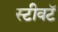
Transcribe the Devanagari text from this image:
स्टीवटॅ